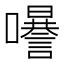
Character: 𡄗